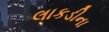
લાકડીના